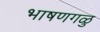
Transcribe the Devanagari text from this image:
भाषणगळु